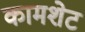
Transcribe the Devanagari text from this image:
कामशेट